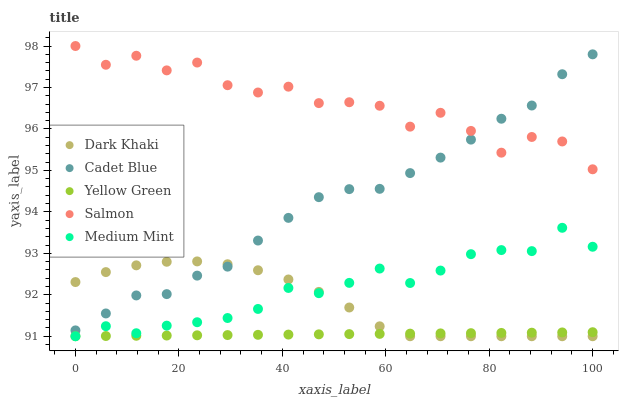
| xaxis_label | Dark Khaki | Cadet Blue | Yellow Green | Salmon | Medium Mint |
 | --- | --- | --- | --- | --- | --- |
 | 0 | 92.3 | 91.1 | 91 | 98 | 91 |
 | 5.88 | 92.5 | 91.5 | 91 | 97.5 | 91.2 |
 | 11.8 | 92.7 | 92 | 91 | 97.8 | 91.1 |
 | 17.6 | 92.8 | 92 | 91 | 97.4 | 91.3 |
 | 23.5 | 92.8 | 92.5 | 91 | 97.6 | 91.3 |
 | 29.4 | 92.7 | 92.7 | 91 | 97.1 | 91.4 |
 | 35.3 | 92.6 | 93.3 | 91 | 96.9 | 91.7 |
 | 41.2 | 92.4 | 93.9 | 91 | 97 | 92.2 |
 | 47.1 | 92.1 | 94.4 | 91 | 96.6 | 92 |
 | 52.9 | 91.7 | 94.5 | 91.1 | 96.6 | 92.3 |
 | 58.8 | 91.2 | 94.6 | 91.1 | 96.6 | 92.6 |
 | 64.7 | 91 | 94.9 | 91.1 | 96.1 | 92.3 |
 | 70.6 | 91 | 95.3 | 91.1 | 96.4 | 92.6 |
 | 76.5 | 91 | 95.7 | 91.1 | 96 | 93 |
 | 82.4 | 91 | 96.2 | 91.1 | 95.4 | 93.1 |
 | 88.2 | 91 | 96.6 | 91.1 | 95.8 | 93.1 |
 | 94.1 | 91 | 97.3 | 91.1 | 95.7 | 93.6 |
 | 100 | 91 | 97.8 | 91.1 | 95 | 93.2 |